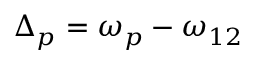
{ \Delta _ { p } } = { \omega _ { p } } - { \omega _ { 1 2 } }